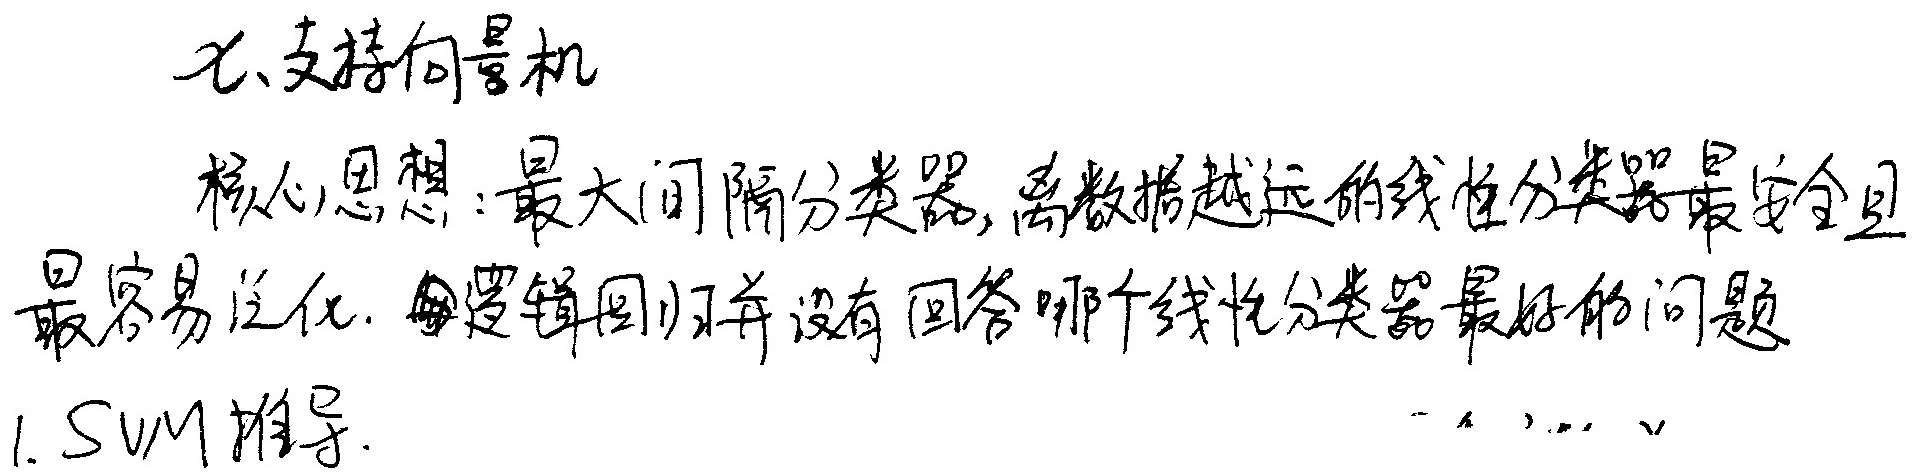
七、支持向量机

核心思想：最大间隔分类器，离数据越远的线性分类器最安全且
最容易泛化. 逻辑回归并没有回答哪个线性分类器最好的问题

1. SVM推导.